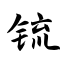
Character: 锍